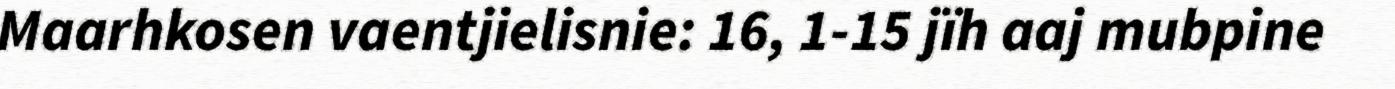
Maarhkosen vaentjielisnie: 16, 1-15 jïh aaj mubpine